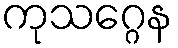
ကုသဂ္ဂေန